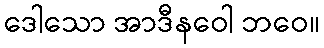
ဒေါသော အာဒီနဝေါ ဘဝေ။